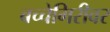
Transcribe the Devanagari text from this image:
बच्चेगिरीवर